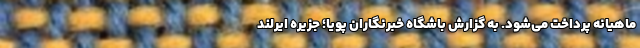
ماهیانه پرداخت می‌شود. به گزارش باشگاه خبرنگاران پویا؛ جزیره ایرلند